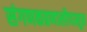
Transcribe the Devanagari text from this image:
संगणकप्रणालीपासून